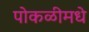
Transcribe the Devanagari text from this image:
पोकळीमधे